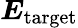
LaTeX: \boldsymbol{E}_{\mathrm{target}}